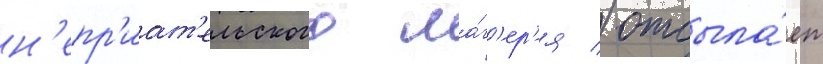
н'епр'иат'ельского ла́г'ер'я / отсыла́ет